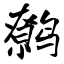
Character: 鹩